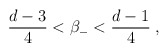
\begin{align*}\frac{d-3}{4}<\beta _{-}<\frac{d-1}{4}\;,\end{align*}